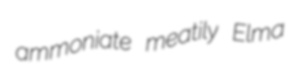
ammoniate meatily Elma